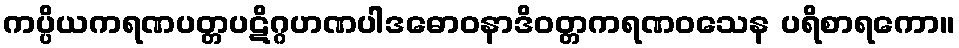
ကပ္ပိယကရဏပတ္တပဋိဂ္ဂဟဏပါဒဓောဝနာဒိဝတ္တကရဏဝသေန ပရိစာရကော။